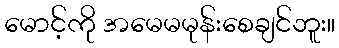
မောင့်ကို အမေမမုန်းစေချင်ဘူး။